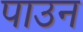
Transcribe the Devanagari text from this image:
पाउन